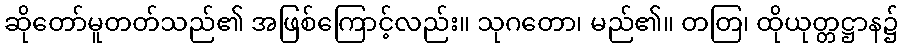
ဆိုတော်မူတတ်သည်၏ အဖြစ်ကြောင့်လည်း။ သုဂတော၊ မည်၏။ တတြ၊ ထိုယုတ္တဋ္ဌာန၌